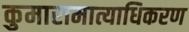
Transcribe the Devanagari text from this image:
कुमारामात्याधिकरण